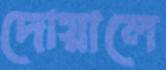
দোয়ালে